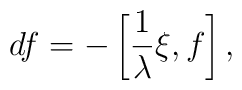
df=-\left[\frac{1}{\lambda}\xi, f\right],~~~